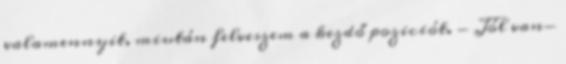
valamennyit, miután felveszem a kezdő poziciót. - Jól van-